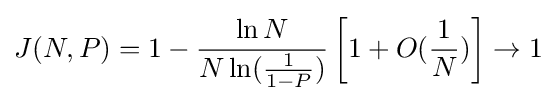
J(N,P)=1-{\frac {\ln N}{N\ln({\frac {1}{1-P}})}}\left[1+O({\frac {1}{N}})\right]\rightarrow 1